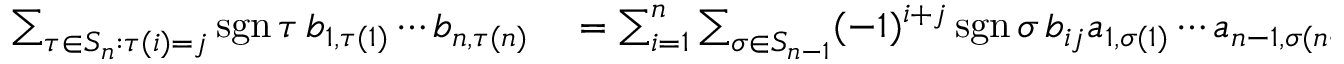
\begin{array} { r l } { \sum _ { \tau \in S _ { n } : \tau ( i ) = j } \operatorname { s g n } \tau \, b _ { 1 , \tau ( 1 ) } \cdots b _ { n , \tau ( n ) } } & { { } = \sum _ { i = 1 } ^ { n } \sum _ { \sigma \in S _ { n - 1 } } ( - 1 ) ^ { i + j } \operatorname { s g n } \sigma \, b _ { i j } a _ { 1 , \sigma ( 1 ) } \cdots a _ { n - 1 , \sigma ( n - 1 ) } } \end{array}